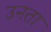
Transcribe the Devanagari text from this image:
उनता